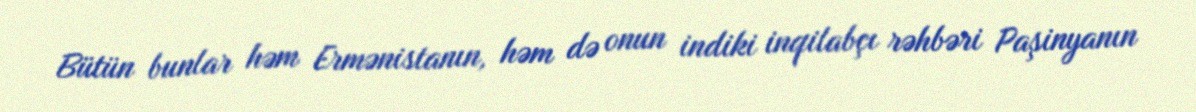
Bütün bunlar həm Ermənistanın, həm də onun indiki inqilabçı rəhbəri Paşinyanın